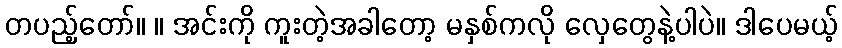
တပည့်တော်။ ။ အင်းကို ကူးတဲ့အခါတော့ မနှစ်ကလို လှေတွေနဲ့ပါပဲ။ ဒါပေမယ့်